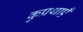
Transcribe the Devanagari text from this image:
कुप्रथाएँ